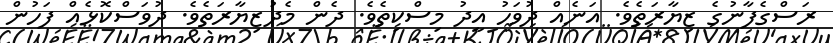
ރަސްގެފާނުގެ ޒިޔާރަތެވެ. އަނެއް ދުވަހު އީދު މިސްކިތެވެ. ދެން މެދުޒިޔާރަތެވެ. ދުވަސްކޮޅެއް ފަހުން